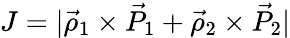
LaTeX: J=|\vec{\rho}_{1}\times\vec{P}_{1}+\vec{\rho}_{2}\times\vec{P}_{2}|